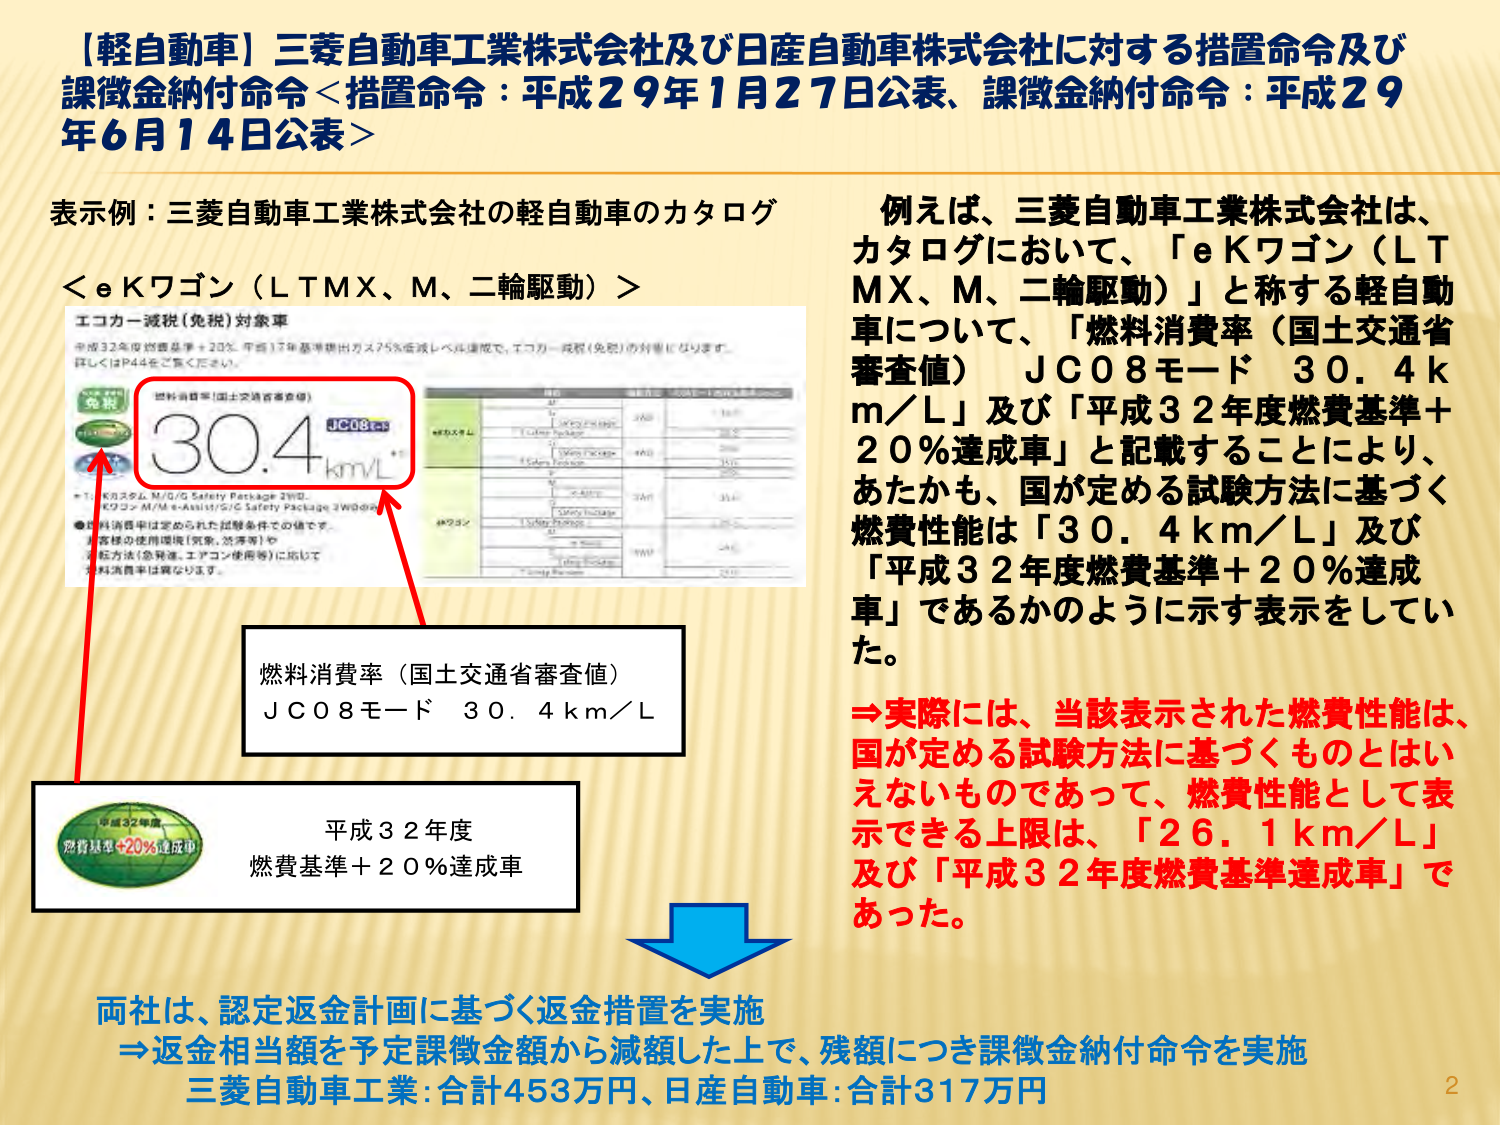
【軽自動車】三菱自動車工業株式会社及び日産自動車株式会社に対する措置命令及び課徴金納付命令＜措置命令：平成29年1月27日公表、課徴金納付命令：平成29年6月14日公表＞

表示例：三菱自動車工業株式会社の軽自動車のカタログ
＜eＫワゴン（ＬＴＭＸ、Ｍ、二輪駆動）＞

エコカー減税（免税）対象車
平成32年度燃費基準＋20％、平成17年基準排出ガス75％低減レベル達成で、エコカー減税（免税）の対象になります。
詳しくはP44をご覧ください。

燃料消費率（国土交通省審査値）
30.4 km/L
JC08モード

※1. KワゴンL M/G/S Safety Package 2WD、
Kワゴン M/M e-Assist/S/G Safety Package 2WDのみ

●燃料消費率は定められた試験条件での値です。
●お客様の使用環境（気象、渋滞等）や
●走行方法（急発進、エアコン使用等）に応じて
燃料消費率は異なります。

燃料消費率（国土交通省審査値）
ＪＣ０８モード　３０．４ｋｍ／Ｌ

平成３２年度
燃費基準＋２０％達成車

例えば、三菱自動車工業株式会社は、カタログにおいて、「ｅＫワゴン（ＬＴＭＸ、Ｍ、二輪駆動）」と称する軽自動車について、「燃料消費率（国土交通省審査値）　ＪＣ０８モード　３０．４ｋｍ／Ｌ」及び「平成３２年度燃費基準＋２０％達成車」と記載することにより、あたかも、国が定める試験方法に基づく燃費性能は「３０．４ｋｍ／Ｌ」及び「平成３２年度燃費基準＋２０％達成車」であるかのように示す表示をしていました。

⇒実際には、当該表示された燃費性能は、国が定める試験方法に基づくものとはいえないものであって、燃費性能として表示できる上限は、「２６．１ｋｍ／Ｌ」及び「平成３２年度燃費基準達成車」であった。

両社は、認定返金計画に基づく返金措置を実施
⇒返金相当額を予定課徴金額から減額した上で、残額につき課徴金納付命令を実施
三菱自動車工業：合計453万円、日産自動車：合計317万円

2